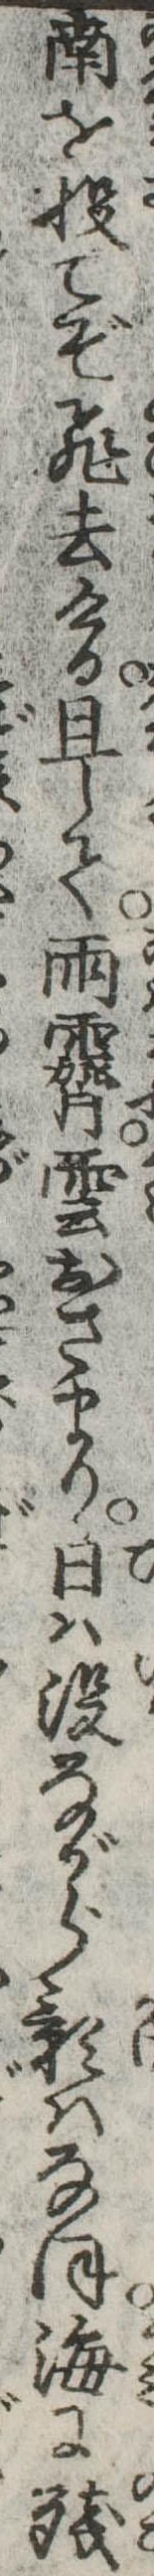
南を投てぞ飛去ける且して雨霽雲おさまり日は没ながら影はなほ海に残